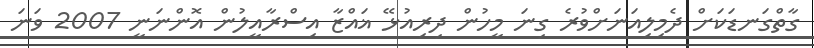
ގާތްގަނޑަކަށް ދެމިލިއަނަށްވުރެ ގިނަ މީހުން ދިރިއުޅޭ ޣައްޒާ އިސްރާއީލުން އޮންނަނީ 2007 ވަނަ